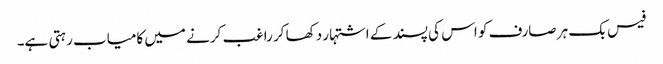
فیس بک ہر صارف کو اس کی پسند کے اشتہار دکھا کر راغب کرنے میں کامیاب رہتی ہے۔